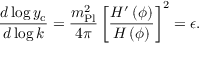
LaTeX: { \frac { d \log { y _ { \mathrm { c } } } } { d \log { k } } } = { \frac { m _ { \mathrm { P l } } ^ { 2 } } { 4 \pi } } \left[ { \frac { H ^ { \prime } \left( \phi \right) } { H \left( \phi \right) } } \right] ^ { 2 } = \epsilon .